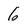
Character: 6